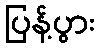
ပြန့်ပွား